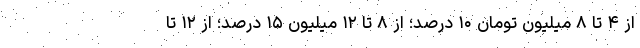
از ۴ تا ۸ میلیون تومان ۱۰ درصد؛ از ۸ تا ۱۲ میلیون ۱۵ درصد؛ از ۱۲ تا